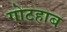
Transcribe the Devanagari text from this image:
गोटहाब